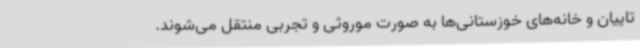
تاییان و خانه‌های خوزستانی‌ها به صورت موروثی و تجربی منتقل می‌شوند.